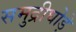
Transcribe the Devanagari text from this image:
समुद्रीघोड़े